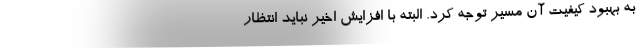
به بهبود کیفیت آن مسیر توجه کرد. البته با افزایش اخیر نباید انتظار